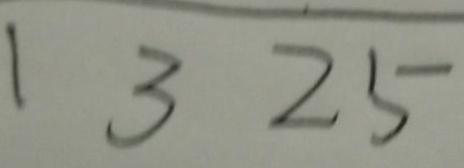
1 3 2 5